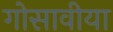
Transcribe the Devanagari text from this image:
गोसावीया